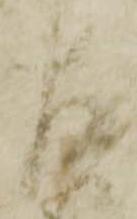
左